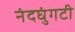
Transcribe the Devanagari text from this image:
नंदघुंगटी